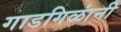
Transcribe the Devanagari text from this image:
गाडगिळांनी